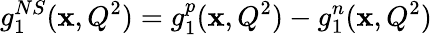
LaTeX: g_{1}^{NS}(\mathbf{x},Q^{2})=g_{1}^{p}(\mathbf{x},Q^{2})-g_{1}^{n}(\mathbf{x},Q^{2})